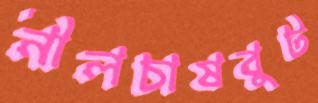
নীলচাষবুট